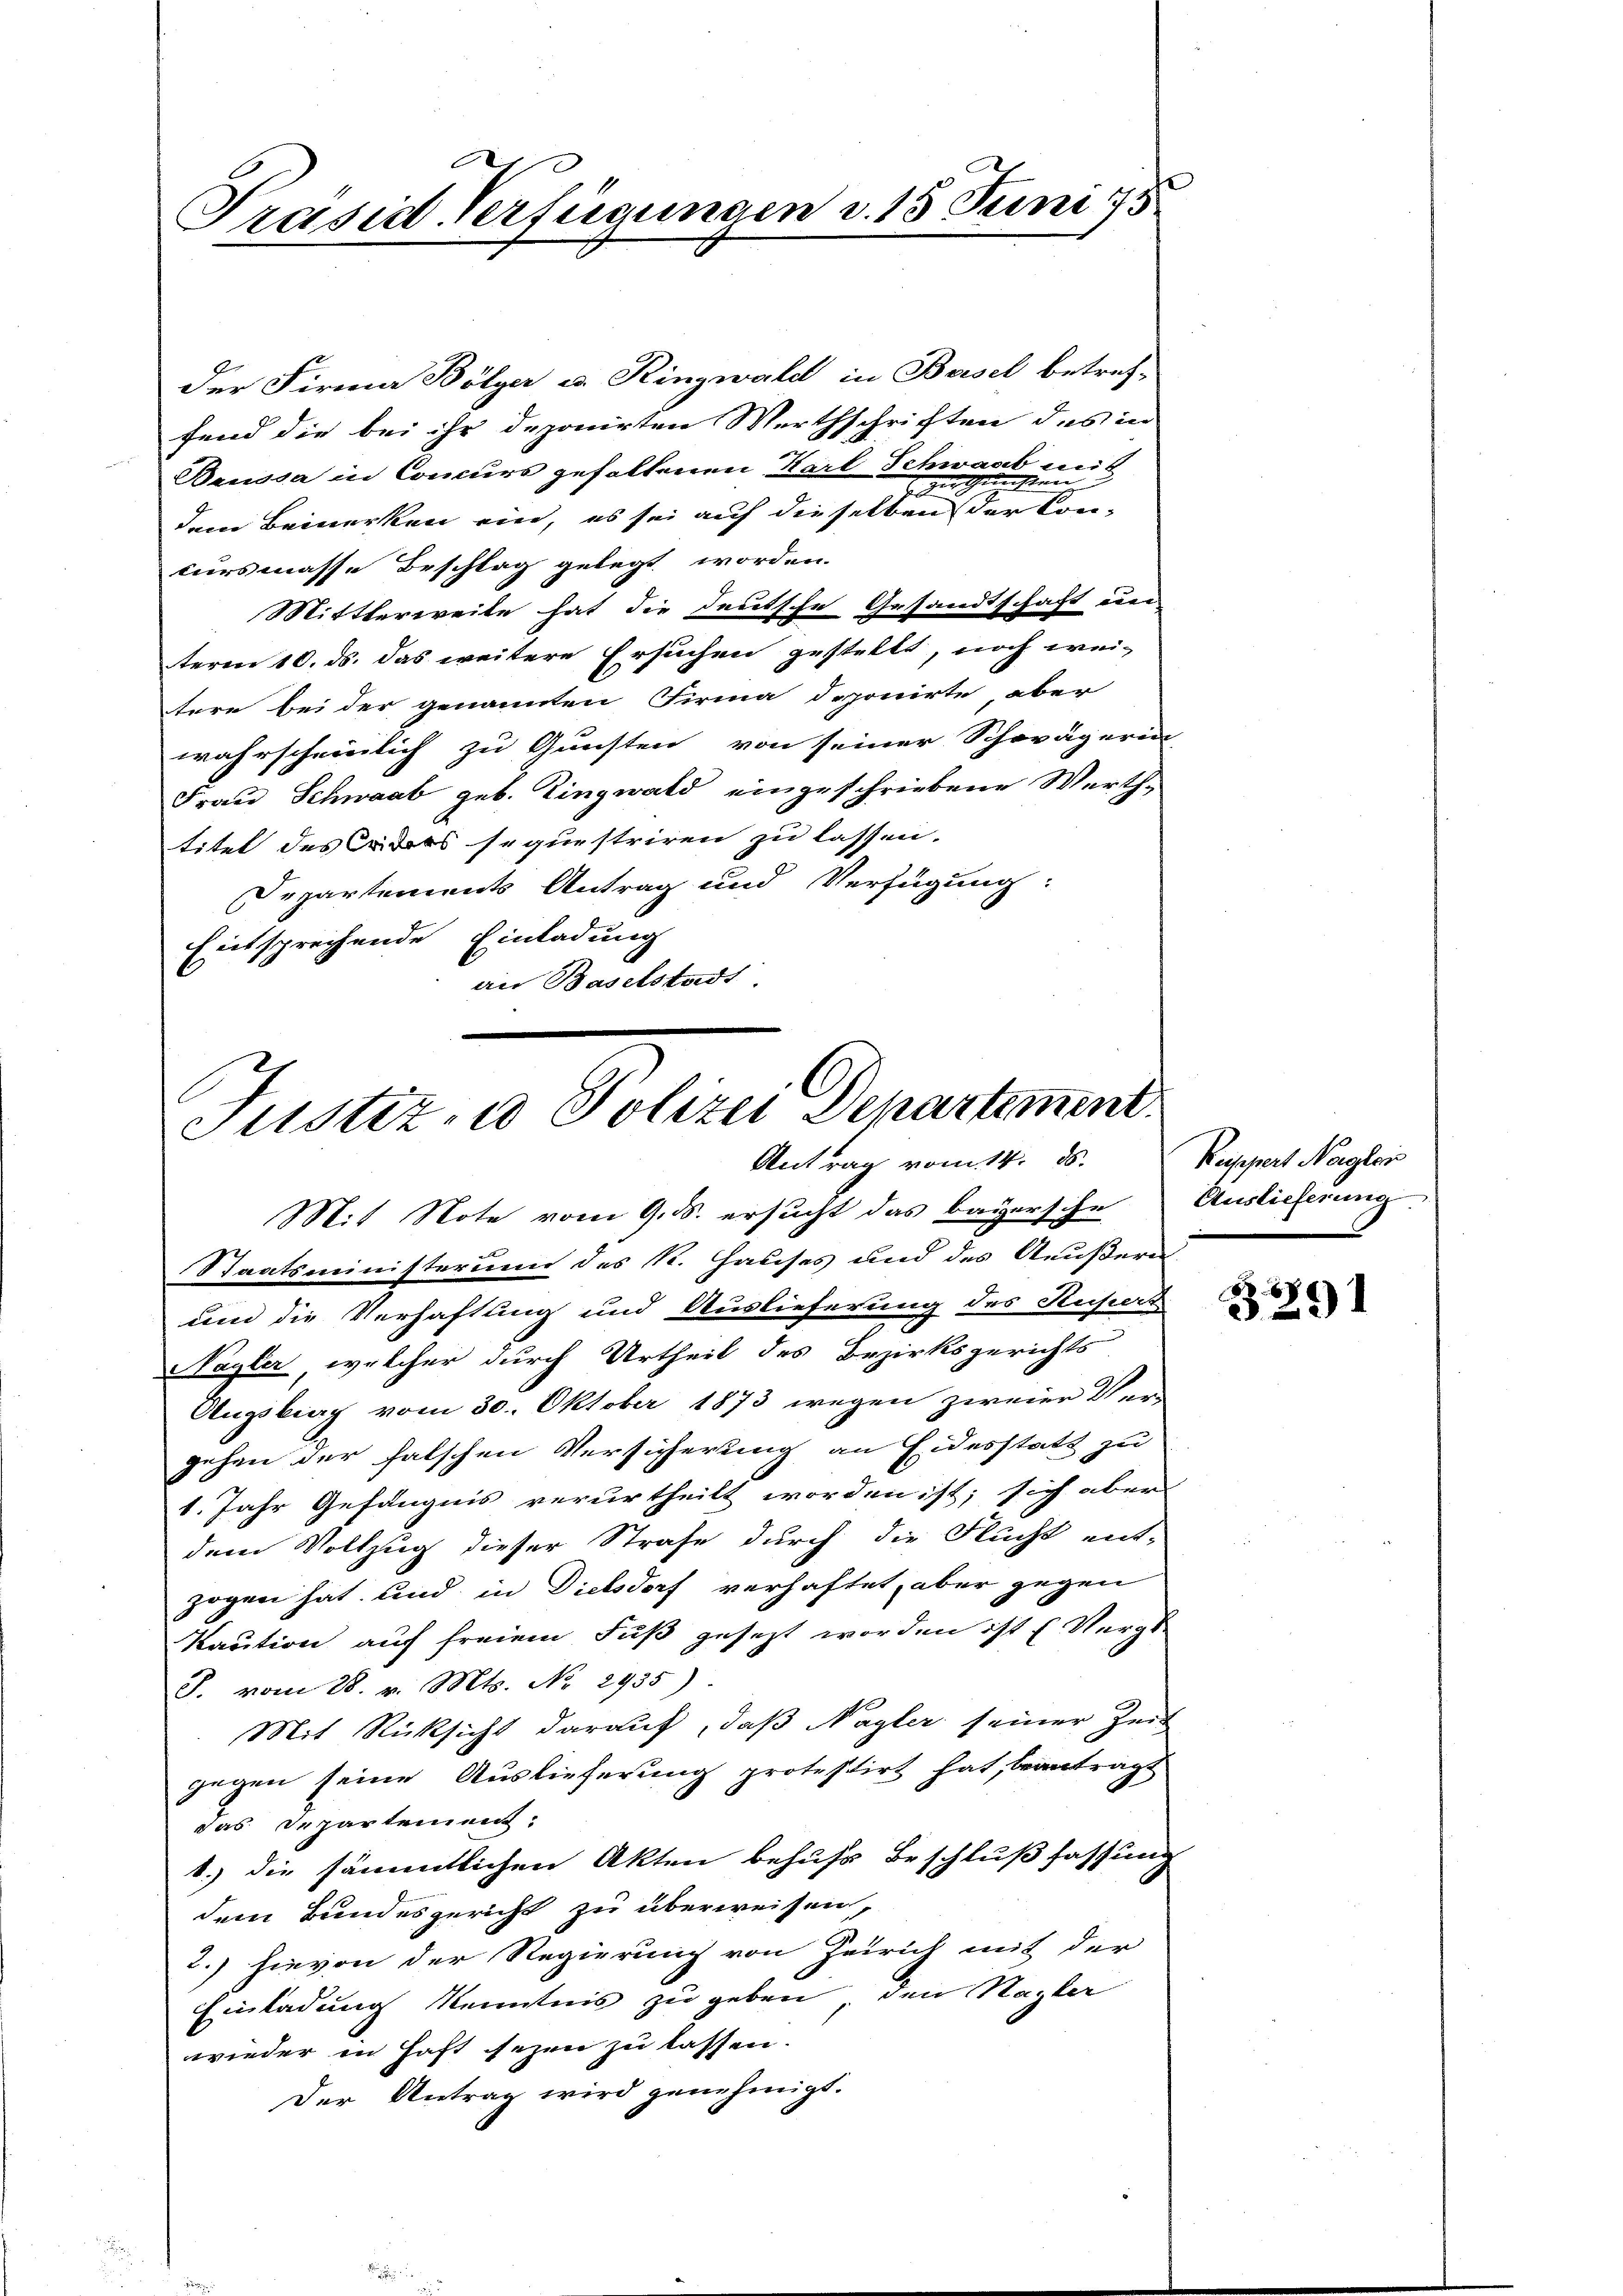
Präsid. Verfügungen d. 15. Juni 193

der Firma Bölyer u. Ringwald in Basel betref-
fend die bei ihr deponirten Werthschriften des in
Beussa in Concurs gefallenen Karl Schwaab mit
Pree
e
dem Bemerken ein, es sei auf dieselben der Koncursmasse Beschlag gelegt worden.
Mittlerweite hat die deutsche Gesandtschaft ein
term 10. ds. das weitere Ersuchen gestellt, noch wei-
tere bei der genannten Firma deponirte aber
wahrscheinlich zu Gunsten von seiner Schwägerin-
Frau Schwaab geb. Zingwald eingeschriebene Werth-
titet des ders sequestriren zu lassen.
Departements Antrag und Verfügung:
Entsprechende Einladung
an Baselstadt

Justiz, u. Polizei Departement.
Antrag vom 14. ds.
Mit Note vom 9. ds. ersucht das bayersche Auslieferung

Staatsministerum des K. Hauses und des Aeußern
um die Verhaftung und Auslieferung des Kupers
Nagler, welcher durch Urtheil des Bezirksgerichts
Augsbrag vom 30. Oktober 1873 wegen zweier Ver-
gehen der falschen Versicherung an Eidesstatt zu
1. Jahr Gefängnis verurtheilt worden ist; sich aber
dem Vollzug dieser Strafe durch die Flucht ent-
zogen hat und in Dielsdorf verhaftet, aber gegen
Kaution auf freiem Fuß gesezt worden ist (Vergle
J. vom 28. v. Mts. No. 2935).
Mit Rücksicht darauf, daß Nagler seiner Zeit
gegen seine Auslieferung protestirt hat, beantragt
das Departement:
1.) die sämmtlichen Akten behufs Beschlußfassung
dem Bundesgericht zu überweisen,
2.) hievon der Regierung von Zürich mit der
Einladung Kenntnis zu geben, den Nagler
wieder in Haft sezen zu lassen.
Der Antrag wird genehmigt.

Kuppiert Nagler

.
329